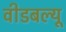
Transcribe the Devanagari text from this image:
वीडबल्यू